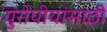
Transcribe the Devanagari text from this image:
युरोपीयांसाठी